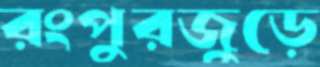
রংপুরজুড়ে